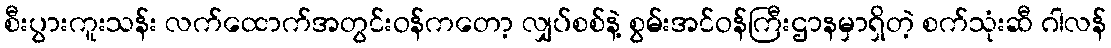
စီးပွားကူးသန်း လက်ထောက်အတွင်းဝန်ကတော့ လျှပ်စစ်နဲ့ စွမ်းအင်ဝန်ကြီးဌာနမှာရှိတဲ့ စက်သုံးဆီ ဂါလန်